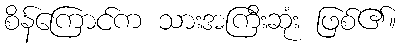
စိန်ကြောင်က သားအကြီးဆုံး ဖြစ်၏။